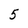
Character: 5